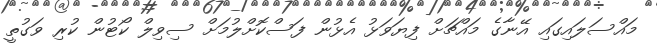
މައްސަލައިގައި އޭނާގެ މައްޗަށް ފިޔަވަޅު އެޅުން ފަސްކޮށްލުމަށް ސިވިލް ކޯޓުން ކުރި ވަގުތީ